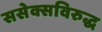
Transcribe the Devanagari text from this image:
ससेक्सविरुद्ध